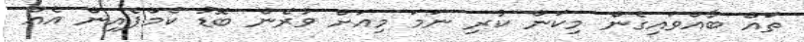
ތައް ބާއްވައިގެން މިކަން ކުރި ނަމަ މިއަށް ވުރެން ބޮޑު ކެމްޕެއިން އެއް